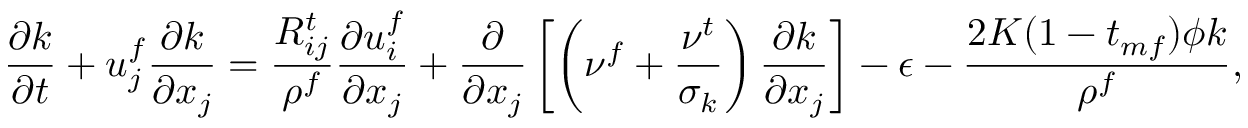
\frac { \partial k } { \partial t } + u _ { j } ^ { f } \frac { \partial k } { \partial x _ { j } } = \frac { R _ { i j } ^ { t } } { \rho ^ { f } } \frac { \partial u _ { i } ^ { f } } { \partial x _ { j } } + \frac { \partial } { \partial x _ { j } } \left[ \left( \nu ^ { f } + \frac { \nu ^ { t } } { \sigma _ { k } } \right) \frac { \partial k } { \partial x _ { j } } \right] - \epsilon - \frac { 2 K ( 1 - t _ { m f } ) \phi k } { \rho ^ { f } } ,